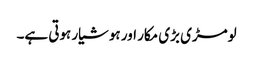
لومڑی بڑی مکار اور ہوشیار ہوتی ہے۔